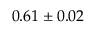
0 . 6 1 \pm 0 . 0 2